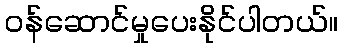
ဝန်ဆောင်မှုပေးနိုင်ပါတယ်။